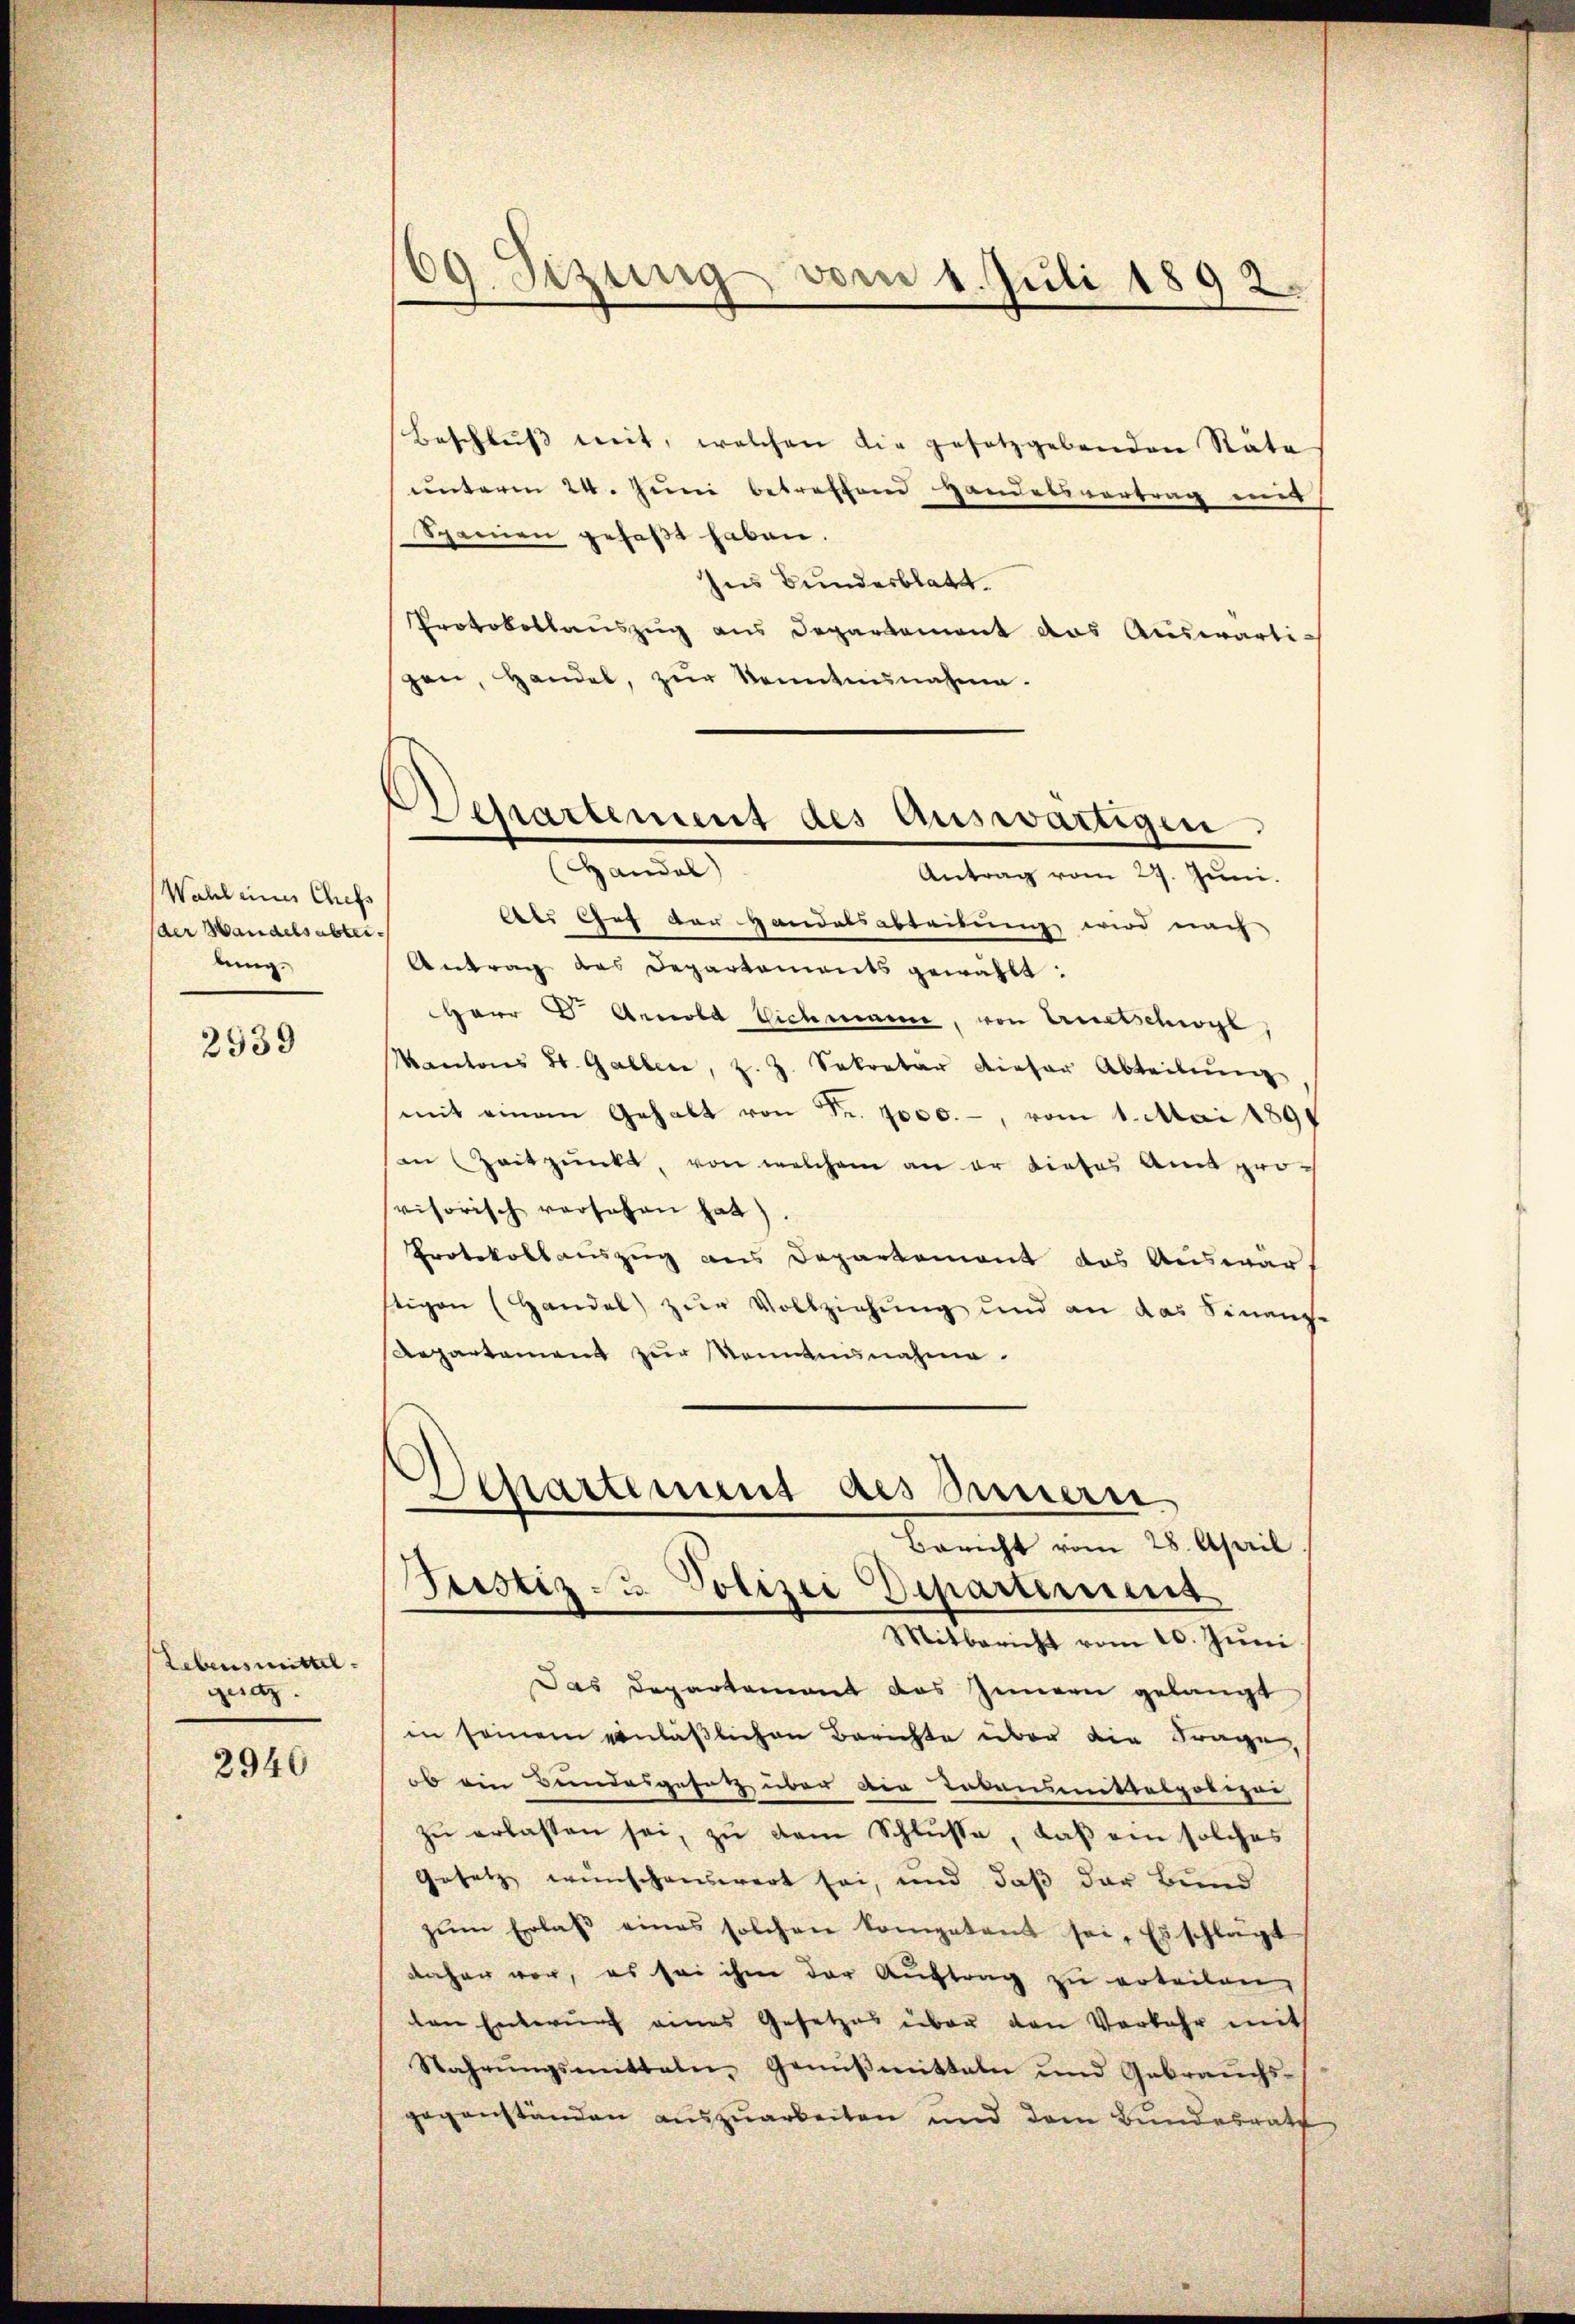
Wahl eines Chefs
der Handelsabtei
lung.
2939

Lebensmittel
gesatz.

2940

09. Sizung vom 1. Juli 1892.

Beschluss mit, welchen die gesetzgebenden Räte
unterm 24. Juni betreffend Handelsvertrag er
Spanien gefaßt haben.
hes Bundesblatt.
Protokollauszug aus Departement das Auswärti-
gen, Handel, zŭr Kenntnisnahme.
Antrag vom 29. Juni.
Als Chef der Handelsabteibung wird nach
Antrag des Departements gewählt:
Herr C. Arnold Vichmann, von Auetschwyl
Kantons St. Gallen, z. Z. Sekretar dieser Abteilung
mit einem Gehalt von Fr. 7000.-, vom 1. Mai 1891
an (Zeitpunkt, von welchem an er dieses Amt provisorisch versehen hat)
Protokollauszug aus Departement das Auswarstigen (Handel zur Vollziehung und an das Finanz-
Repartement zur Romanisnahme.
Departement des Innern
Bericht vom 28. April
Justiz- & Polizei Departement
Mitbericht vom 20. Jŭni
Das Departement das Innern gelangt
in seinem anläßlichen Berichte über die Frage,
ob ein Bundesgesetz über die Tokansmittalpolizar
zu erlassen sei, zu dem Schlüsse, daß ein solches
Gesetz wünschenswert sei, und daß der Bund
zŭm Erlaβ eines solchen kompetent sei. Es schlägt
daher vor, es sei ihm der Auftrag zu erteilen,
ten Enterung eines Gesetzes über den Vorkehr mit
Sahrŭngsmitteln- Geniβmitteln und Gebraŭchs-
gegenständen auszuarbeiten und dem Bundesrath

Departement des Auswärtigen
Handel